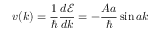
v ( k ) = { \frac { 1 } { \hbar } } { \frac { d { \mathcal { E } } } { d k } } = - { \frac { A a } { \hbar } } \sin { a k }